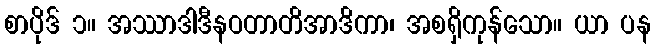
စာပိုဒ် ၁။ အဿာဒါဒီနဝတာတိအာဒိကာ၊ အစရှိကုန်သော။ ယာ ပန